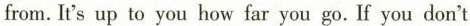
from.It's up to you how far you go.If you don't